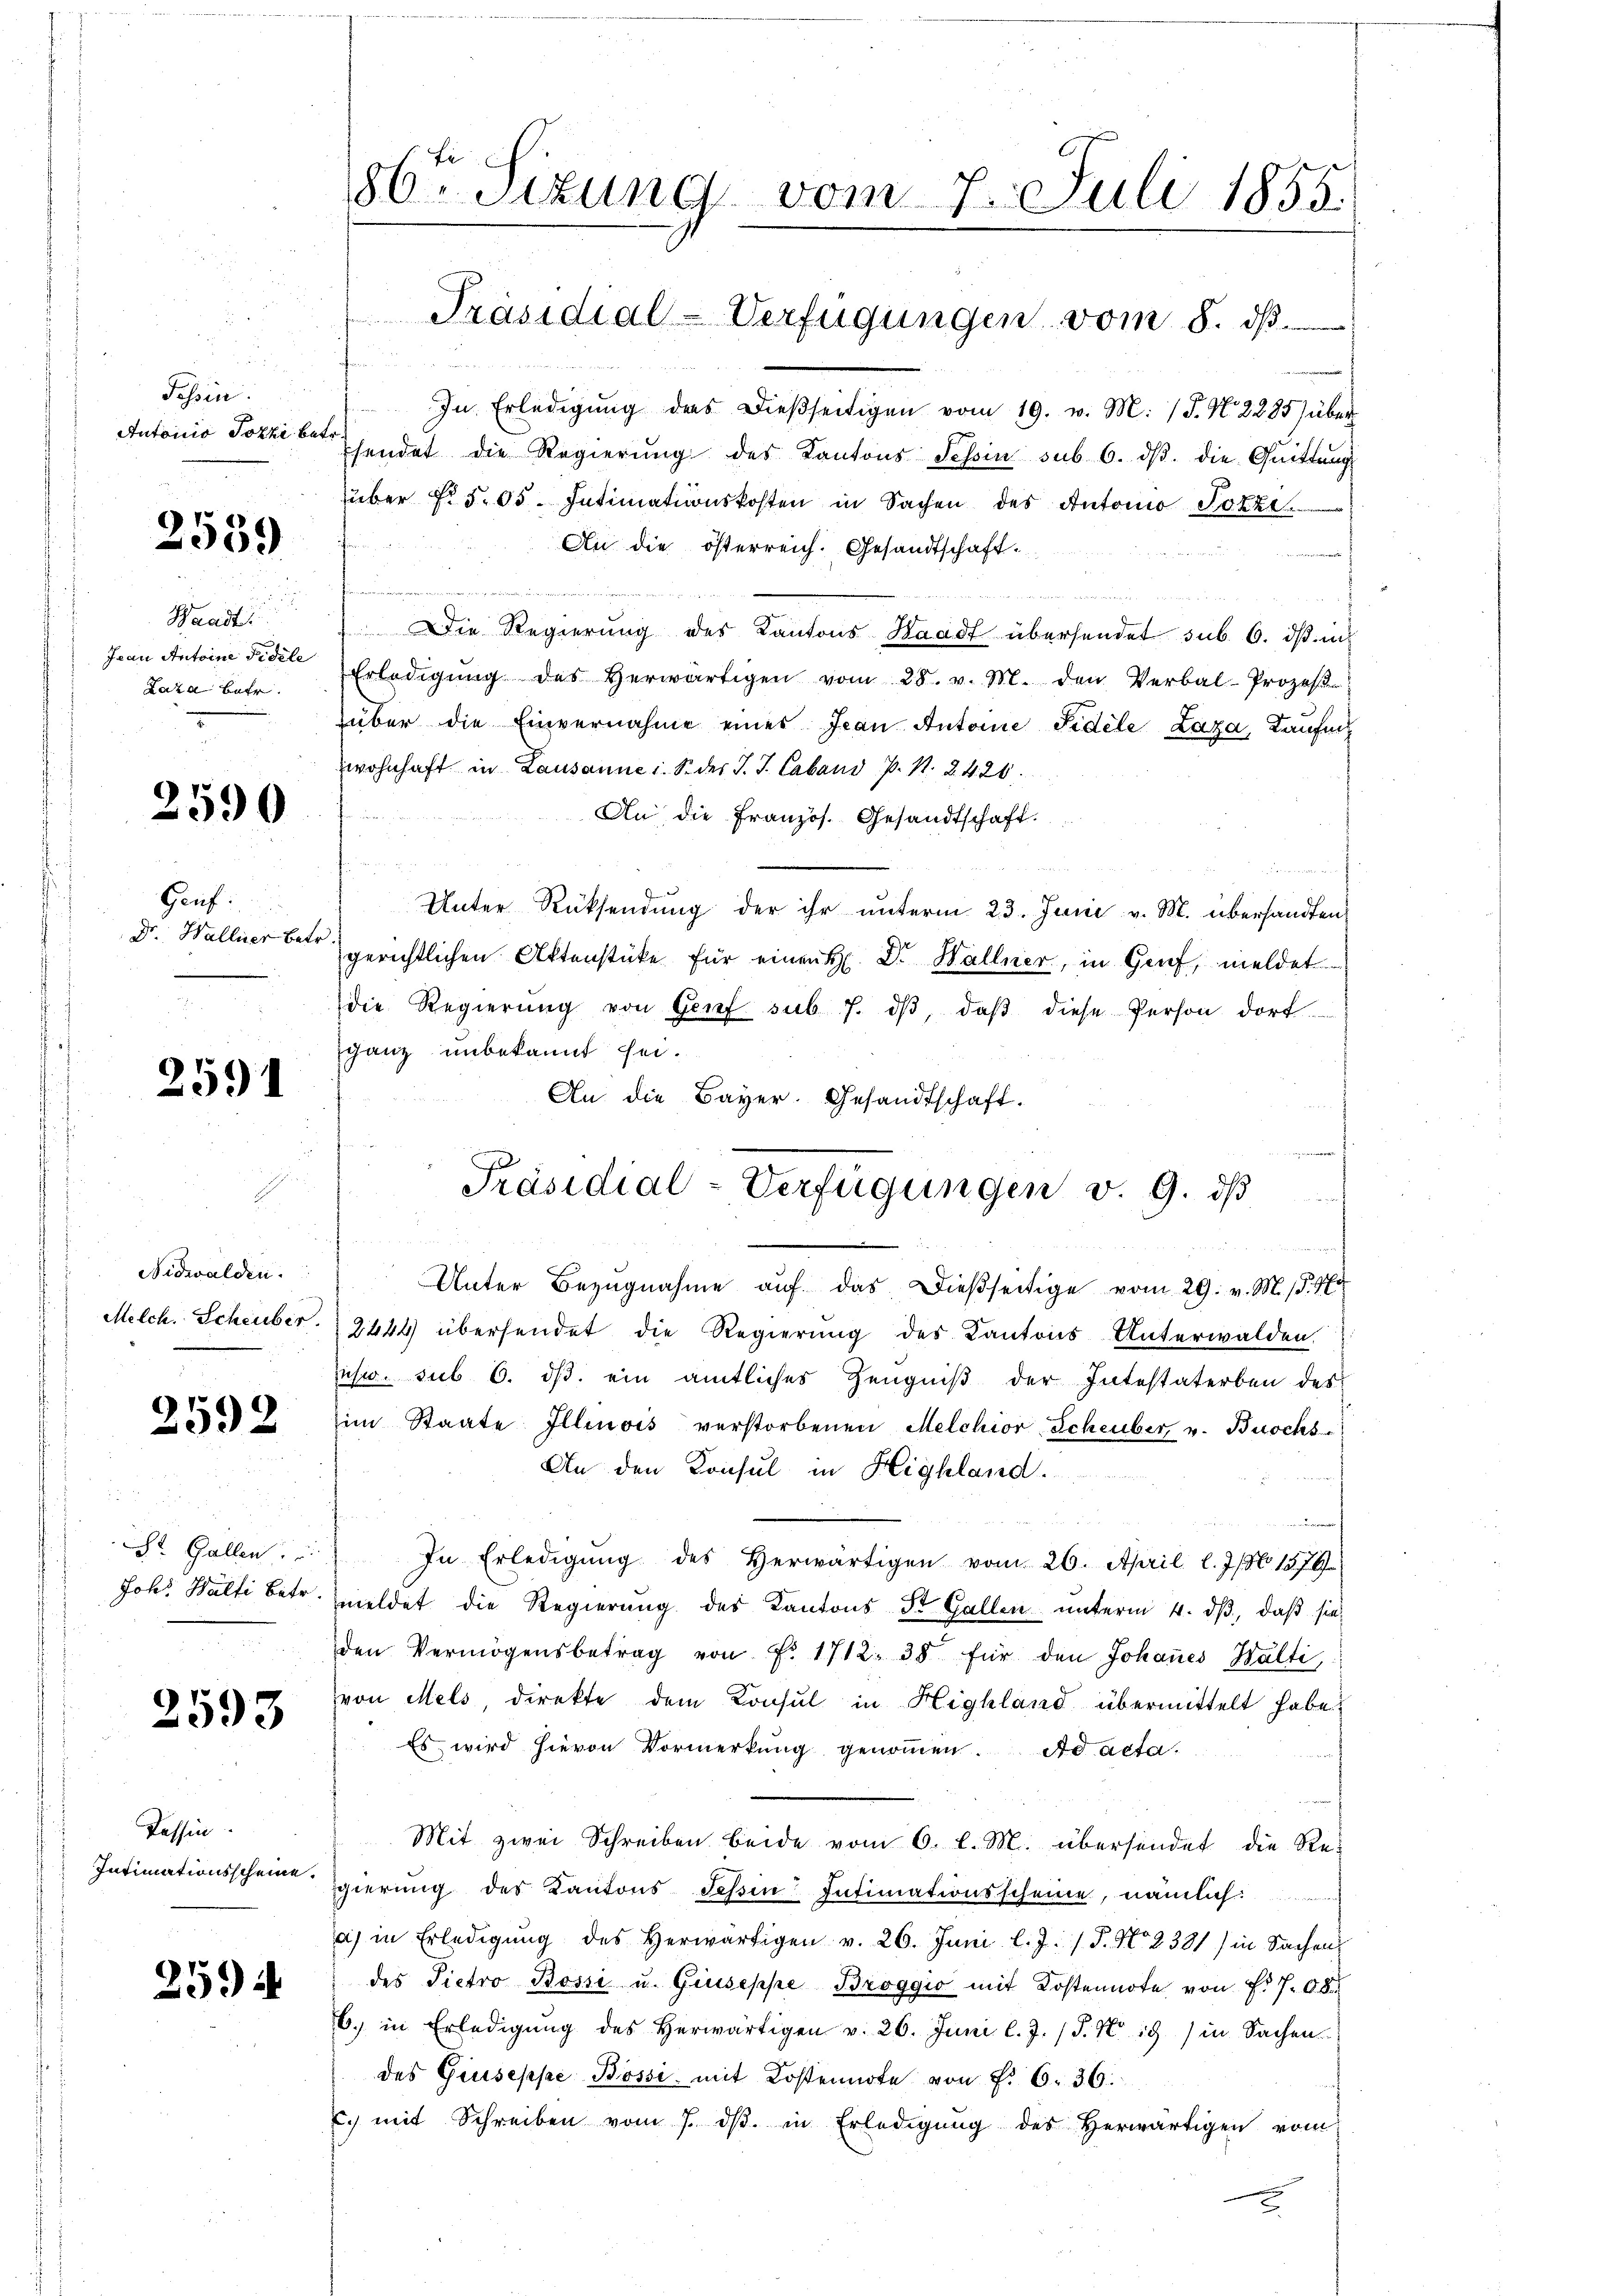
Tessin.
Autonio Jozzi bet

2559

Waadt
Jean Antoine Fidele
Laza betr.

2590

Gauf:
Dr. Wallier betr.

2591

Nidwalden.
Melch. Scheuber.

2592

St. Gallen
Johs. Balti betr

2593

Tessin
Intimationsscheine.

25.

86ten Sizung vom 7. Juli 1855.

n
In Erledigŭng des dieβseitigen vom 19. v. M. (T. N. 2285 über
sendet die Regierŭng des Kantons Tessin sub 6. dβ. die Quittung
über Nr. 505. Intimationskosten in Sachen des Antonio Sz
An die österreich. Gesandtschaft.
 werde den wordentlich gegebenen
di der Arbeiten versten ist die
) Die Regierung des Kantons Waadt übersendet sub. 6. ds in
Erledigŭng des herwärtigen vom 28. v. M. den Verbal-Prozes
über die Einvernahme eines Jean Antone Fidele Laza, Kaufm
wohnhaft in Lausanne i. S. der J. J. Laband P. N. 2420.
An die Französ. Gesandtschaft.

Unter Rücksendung der ihr unterm 23. Juni v. M. übersandten,
gerichtlichen Aktenstüke für einen H. Dr. Hallner, in Genf, meldet
die Regierŭng von Grief sub 7. dβ, daβ diese Person dort
ganz unbekannt sei.
An die Bayer. Gesandtschaft.
d
Unter Bezugnahme auf das dießseitige vom 29. v. M. (§. 1
2444 übersendet die Regierung des Kantons Unterwalden.
ihw. sub 6. ds. ein amtliches Zeugniß der Intestaterben des
im Staate Illinois verstorbenen Melchior Scheuber, v. Buochs
An den Konsul in Highland.

u
In Erledigŭng des Herwärtigen vom 26. April l. Js. No 1379.
meldet die Regierung des Kantons der Gallen unterm 4. ds, daß sie
den Vermögensbetrag von Fr. 1712. 38 für den Johannes Balti
von Mels, direkte dem Konsul in Highland übermittelt habe.
Es wird hievon Vormerkung genommen. Ad acta.
Mit zwei Schreiben beide vom 6. l. M. übersendet die Regierung des Kantons Tessin Intimationsscheine, nämlich:
a) in Erledigŭng des erwärtigen v. 26. Juni l. J. / 5. No 2381) in Sachen
des Pietro Bossi u. Giuseppe Broggio mit Kostennote von Fr. 708
6. in Erledigŭng des herwärtigen v. 26. Juni l. J. (§. 7 18) in Sachen.
des Giuseppe Bossi, mit Kostennote von f. 6. 36.
c mit Schreiben vom 7. dβ in Erledigung des Herwärtigen vom

Präsidial-Verfügungen vom 8. ds.

Ja
Präsidial-Verfügungen v. 9. ds
u